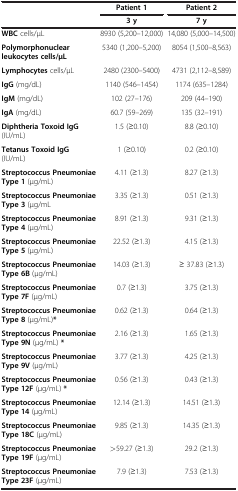
<table><thead><tr><td rowspan="2"><b> </b></td><td><b>Patient 1</b></td><td><b>Patient 2</b></td></tr><tr><td><b>3 y</b></td><td><b>7 y</b></td></tr></thead><tbody><tr><td><b>WBC</b> cells/μL</td><td>8930 (5,200–12,000)</td><td>14,080 (5,000–14,500)</td></tr><tr><td><b>Polymorphonuclear leukocytes cells/μL</b></td><td>5340 (1,200–5,200)</td><td>8054 (1,500–8,563)</td></tr><tr><td><b>Lymphocytes</b> cells/μL</td><td>2480 (2300–5400)</td><td>4731 (2,112–8,589)</td></tr><tr><td><b>IgG</b> (mg/dL)</td><td>1140 (546–1454)</td><td>1174 (635–1284)</td></tr><tr><td><b>IgM</b> (mg/dL)</td><td>102 (27–176)</td><td>209 (44–190)</td></tr><tr><td><b>IgA</b> (mg/dL)</td><td>60.7 (59–269)</td><td>135 (32–191)</td></tr><tr><td><b>Diphtheria Toxoid IgG</b> (IU/mL)</td><td>1.5 (≥0.10)</td><td>8.8 (≥0.10)</td></tr><tr><td><b>Tetanus Toxoid IgG</b> (IU/mL)</td><td>1 (≥0.10)</td><td>0.2 (≥0.10)</td></tr><tr><td><b>Streptococcus Pneumoniae Type 1</b> (μg/mL)</td><td>4.11 (≥1.3)</td><td>8.27 (≥1.3)</td></tr><tr><td><b>Streptococcus Pneumoniae Type 3</b> (μg/mL</td><td>3.35 (≥1.3)</td><td>0.51 (≥1.3)</td></tr><tr><td><b>Streptococcus Pneumoniae Type 4</b> (μg/mL)</td><td>8.91 (≥1.3)</td><td>9.31 (≥1.3)</td></tr><tr><td><b>Streptococcus Pneumoniae Type 5</b> (μg/mL)</td><td>22.52 (≥1.3)</td><td>4.15 (≥1.3)</td></tr><tr><td><b>Streptococcus Pneumoniae Type 6B</b> (μg/mL)</td><td>14.03 (≥1.3)</td><td>≥ 37.83 (≥1.3)</td></tr><tr><td><b>Streptococcus Pneumoniae Type 7F</b> (μg/mL)</td><td>0.7 (≥1.3)</td><td>3.75 (≥1.3)</td></tr><tr><td><b>Streptococcus Pneumoniae Type 8</b> (μg/mL)<b>*</b></td><td>0.62 (≥1.3)</td><td>0.64 (≥1.3)</td></tr><tr><td><b>Streptococcus Pneumoniae Type 9N</b> (μg/mL) <b>*</b></td><td>2.16 (≥1.3)</td><td>1.65 (≥1.3)</td></tr><tr><td><b>Streptococcus Pneumoniae Type 9V</b> (μg/mL)</td><td>3.77 (≥1.3)</td><td>4.25 (≥1.3)</td></tr><tr><td><b>Streptococcus Pneumoniae Type 12F</b> (μg/mL) <b>*</b></td><td>0.56 (≥1.3)</td><td>0.43 (≥1.3)</td></tr><tr><td><b>Streptococcus Pneumoniae Type 14</b> (μg/mL)</td><td>12.14 (≥1.3)</td><td>14.51 (≥1.3)</td></tr><tr><td><b>Streptococcus Pneumoniae Type 18C</b> (μg/mL)</td><td>9.85 (≥1.3)</td><td>14.35 (≥1.3)</td></tr><tr><td><b>Streptococcus Pneumoniae Type 19F</b> (μg/mL)</td><td>&gt;59.27 (≥1.3)</td><td>29.2 (≥1.3)</td></tr><tr><td><b>Streptococcus Pneumoniae Type 23F</b> (μg/mL)</td><td>7.9 (≥1.3)</td><td>7.53 (≥1.3)</td></tr></tbody></table>